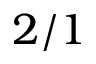
2 / 1